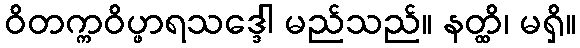
ဝိတက္ကဝိပ္ဖာရသဒ္ဒေါ မည်သည်။ နတ္ထိ၊ မရှိ။